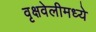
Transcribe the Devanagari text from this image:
वृक्षवेलीमध्ये